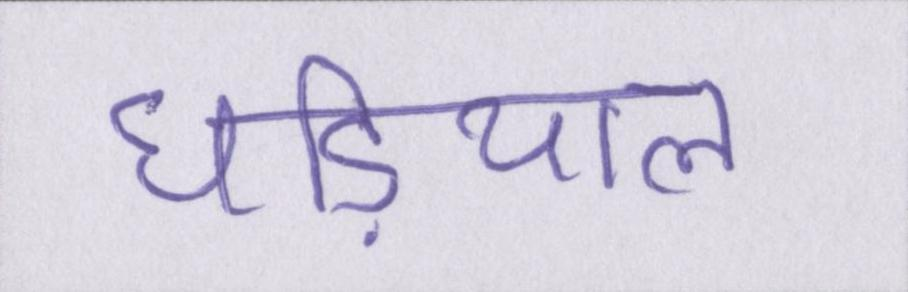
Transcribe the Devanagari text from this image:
घडि़याल